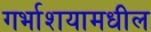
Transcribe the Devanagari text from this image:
गर्भाशयामधील